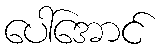
ပေါ်အောင်